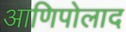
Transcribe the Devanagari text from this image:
आणिपोलाद